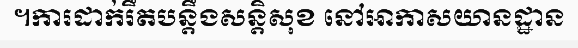
។ការដាក់រឹតបន្តឹងសន្តិសុខ នៅអាកាសយានដ្ឋាន